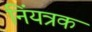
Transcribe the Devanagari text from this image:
निंयत्रक